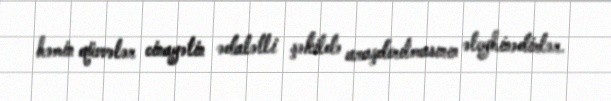
həmin qüvvələr cinayətin ədalətli şəkildə araşdırılmasının əleyhinədirlər.